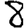
Digit: 8